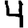
Digit: 4